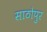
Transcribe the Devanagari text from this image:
साठोपुर